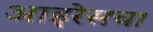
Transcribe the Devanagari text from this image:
आइरेसचा